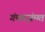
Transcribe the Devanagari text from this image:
गंमतजंमत